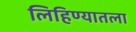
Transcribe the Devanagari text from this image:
लिहिण्यातला